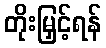
တိုးမြှင့်ရန်